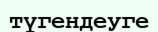
түгендеуге